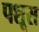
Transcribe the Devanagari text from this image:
पशूस